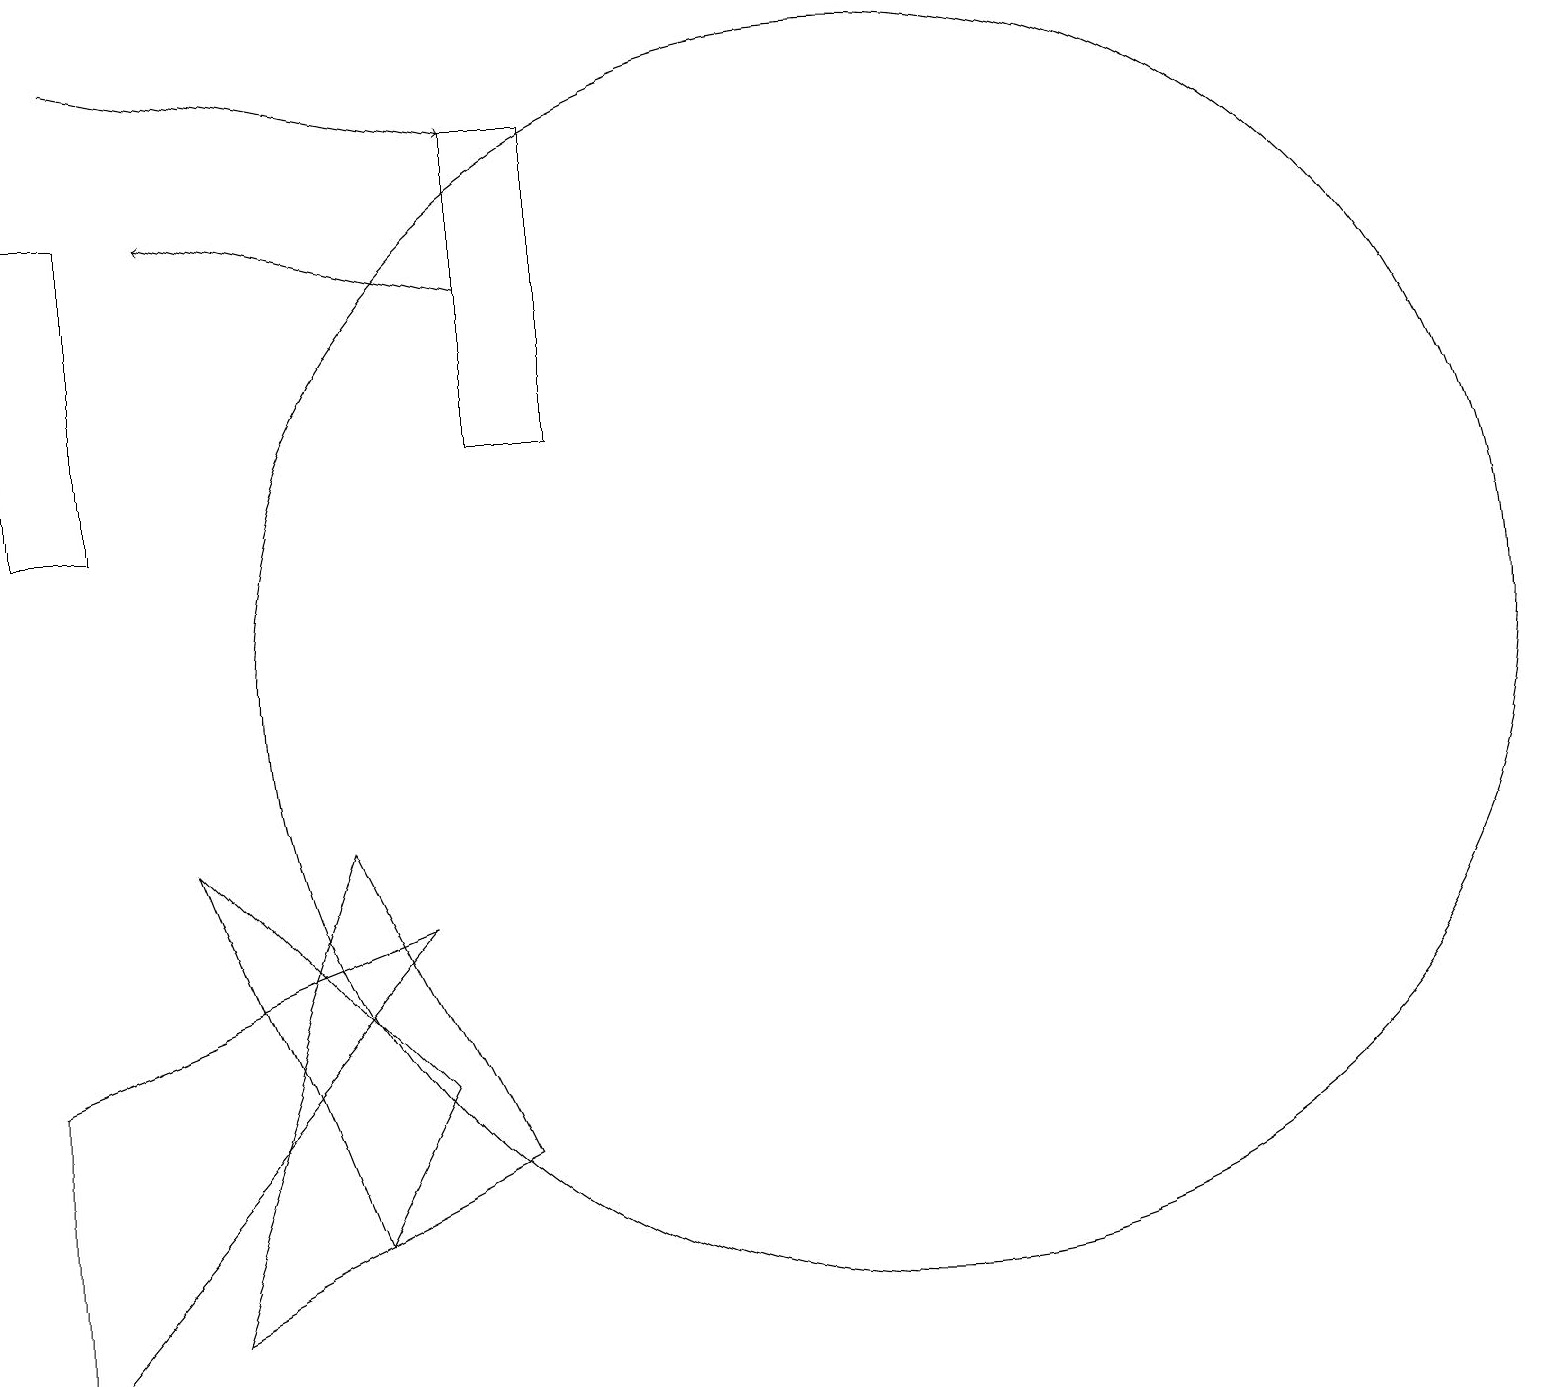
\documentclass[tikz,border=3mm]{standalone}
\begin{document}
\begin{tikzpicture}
\draw[->] (1,18) -- (6,17);
\draw (11,10) circle (8);
\draw (2,2) -- (6,4) -- (4,8) -- cycle;
\draw[->] (6,15) -- (2,16);
\draw (1,16) rectangle (0,12);
\draw (2,8) -- (5,5) -- (4,3) -- cycle;
\draw (5,7) -- (0,1) -- (0,5) -- cycle;
\draw (6,13) rectangle (7,17);
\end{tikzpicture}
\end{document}